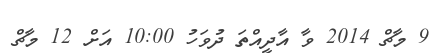
9 މާޗް 2014 ވާ އާދީއްތަ ދުވަހު 10:00 އަށް 12 މާޗް